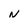
Character: n